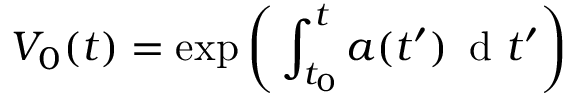
V _ { 0 } ( t ) = \exp \bigg ( \displaystyle \int _ { t _ { 0 } } ^ { t } a ( t ^ { \prime } ) \, \mathrm { ~ d ~ } t ^ { \prime } \bigg )